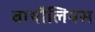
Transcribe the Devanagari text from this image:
बार्थोलियस